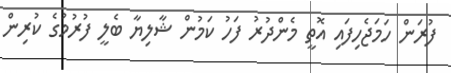
ފުރަން ހަމަޖެހިފައި އޮތީ މެންދުރު ފަހު ކަމުން ޝާލިޔާ ބެލީ ފުރުމުގެ ކުރިން